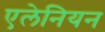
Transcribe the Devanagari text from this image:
एलेनियन